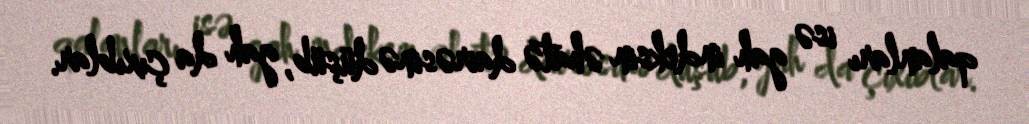
qalanları isə gah indeksin əhatə dairəsinə düşüb, gah da çıxıblar.